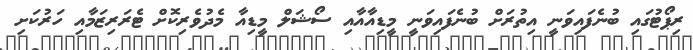
ރިޕޯޓުގައި ބުނެފައިވަނީ އިތުރަށް ބުނެފައިވަނީ މީޑިއާއާއި ސޯޝަލް މީޑިއާ މެދުވެރިކޮށް ޓެރަރިޒަމާއި ހަރުކަށި